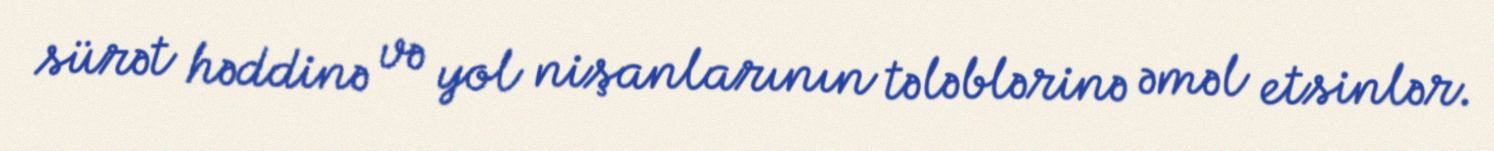
sürət həddinə və yol nişanlarının tələblərinə əməl etsinlər.